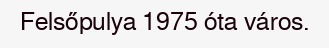
Felsőpulya 1975 óta város.